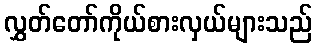
လွှတ်တော်ကိုယ်စားလှယ်များသည်